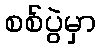
စစ်ပွဲမှာ